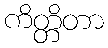
ကိတ္တိတာ